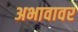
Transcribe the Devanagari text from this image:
अभावावर